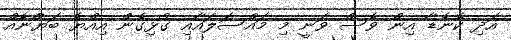
އަދި ކެނެޑާ އިން ވެސް ވަނީ މި މައްސަލައާއި ގުޅިގެން އިއްޔެ ބަޔުާނެއް